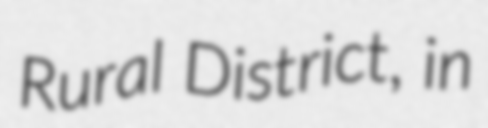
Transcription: Rural District, in